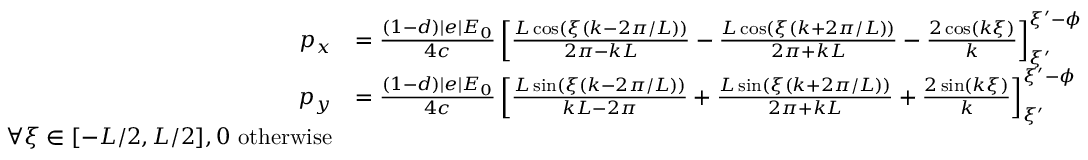
\begin{array} { r l } { p _ { x } } & { = \frac { ( 1 - d ) | e | E _ { 0 } } { 4 c } \left[ \frac { L \cos ( \xi ( k - 2 \pi / L ) ) } { 2 \pi - k L } - \frac { L \cos ( \xi ( k + 2 \pi / L ) ) } { 2 \pi + k L } - \frac { 2 \cos ( k \xi ) } { k } \right] _ { \xi ^ { \prime } } ^ { \xi ^ { \prime } - \phi } } \\ { p _ { y } } & { = \frac { ( 1 - d ) | e | E _ { 0 } } { 4 c } \left[ \frac { L \sin ( \xi ( k - 2 \pi / L ) ) } { k L - 2 \pi } + \frac { L \sin ( \xi ( k + 2 \pi / L ) ) } { 2 \pi + k L } + \frac { 2 \sin ( k \xi ) } { k } \right] _ { \xi ^ { \prime } } ^ { \xi ^ { \prime } - \phi } } \\ { \forall \xi \in [ - L / 2 , L / 2 ] , 0 \ \mathrm { o t h e r w i s e } } \end{array}